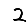
Digit: 2